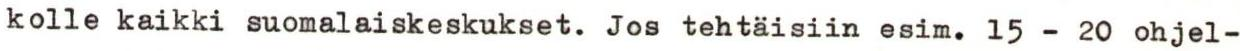
kolle kaikki suomalaiskeskukset. Jos tehtäisiin esim. 15 - 20 ohjel-